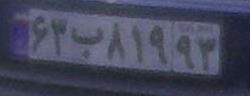
۶۳ب۹۱۸۹۳